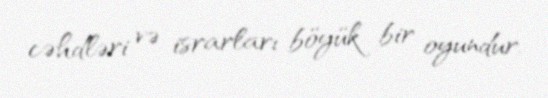
cəhdləri və israrları böyük bir oyundur.